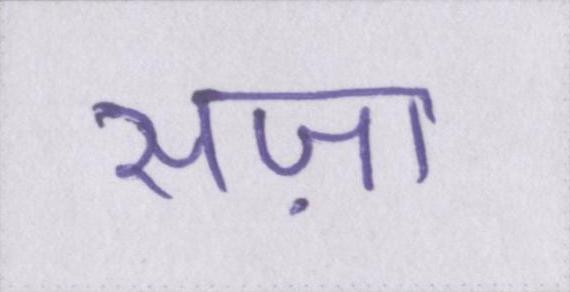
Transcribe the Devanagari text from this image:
सज़ा